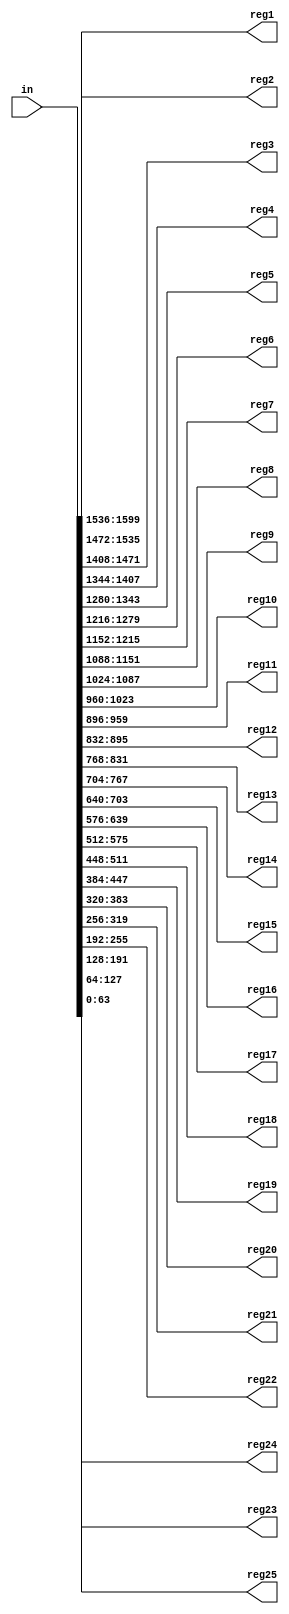
module convert_input_theta(reg1, reg2, reg3, reg4, reg5, reg6, reg7, reg8, reg9, reg10, reg11, reg12, reg13, reg14, reg15, reg16, reg17, reg18, reg19, reg20, reg21 , reg22, reg23, reg24, reg25, in);
    input  [1599:0] in ;
    // input  sel, clk, reset;
    output [63:0 ] reg1;
    output [63:0 ] reg2;
    output [63:0 ] reg3;
    output [63:0 ] reg4;
    output [63:0 ] reg5;
    output [63:0 ] reg6;
    output [63:0 ] reg7;
    output [63:0 ] reg8;
    output [63:0 ] reg9;
    output [63:0 ] reg10;
    output [63:0 ] reg11;
    output [63:0 ] reg12;
    output [63:0 ] reg13;
    output [63:0 ] reg14;
    output [63:0 ] reg15;
    output [63:0 ] reg16;
    output [63:0 ] reg17;
    output [63:0 ] reg18;
    output [63:0 ] reg19;
    output [63:0 ] reg20;
    output [63:0 ] reg21;
    output [63:0 ] reg22;
    output [63:0 ] reg23;
    output [63:0 ] reg24;
    output [63:0 ] reg25;


    assign reg25 = in[63:0];
    assign reg24 = in[127:64];
    assign reg23 = in[191:128];
    assign reg22 = in[255:192];
    assign reg21 = in[319:256];
    assign reg20 = in[383:320];
    assign reg19 = in[447:384];
    assign reg18 = in[511:448];
    assign reg17 = in[575:512];
    assign reg16 = in[639:576];
    assign reg15 = in[703:640];
    assign reg14 = in[767:704];
    assign reg13 = in[831:768];
    assign reg12 = in[895:832];
    assign reg11 = in[959:896];
    assign reg10 = in[1023:960];
    assign reg9 = in[1087:1024];
    assign reg8 = in[1151:1088];
    assign reg7 = in[1215:1152];
    assign reg6 = in[1279:1216];
    assign reg5 = in[1343:1280];
    assign reg4 = in[1407:1344];
    assign reg3 = in[1471:1408];
    assign reg2 = in[1535:1472];
    assign reg1 = in[1599:1536];
endmodule